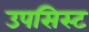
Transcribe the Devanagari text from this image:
उपसिस्ट